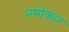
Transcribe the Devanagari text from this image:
नमोकार